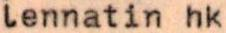
lennatin hk